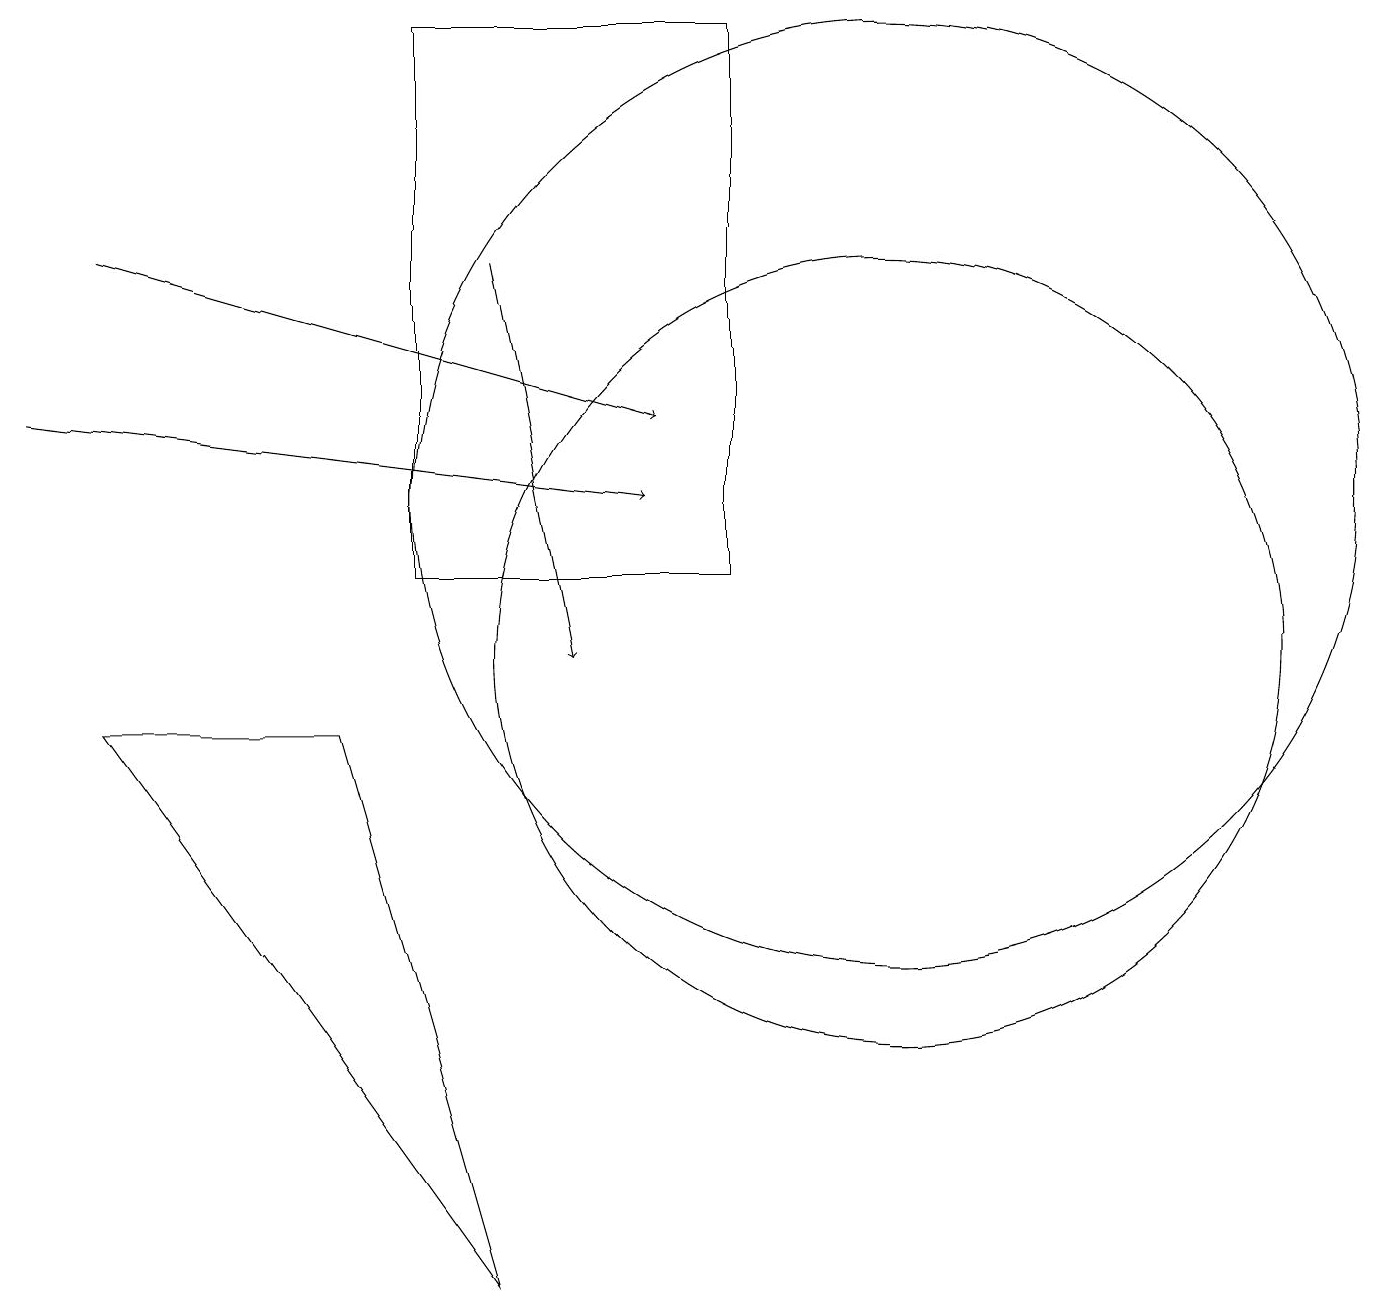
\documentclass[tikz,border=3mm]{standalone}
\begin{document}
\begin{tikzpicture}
\draw[->] (1,15) -- (8,13);
\draw (9,11) rectangle (5,18);
\draw (11,10) circle (5);
\draw (11,12) circle (6);
\draw[->] (0,13) -- (8,12);
\draw (6,2) -- (1,9) -- (4,9) -- cycle;
\draw[->] (6,15) -- (7,10);
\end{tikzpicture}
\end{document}